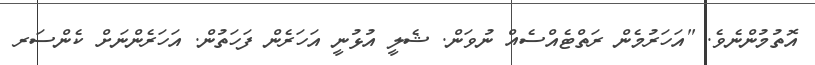
އޮތުމުންނެވެ. "އަހަރުމެން ރަތްޓެއްސެއް ނުވަން. ޝެލީ އުޅުނީ އަހަރެން ފަހަތުން. އަހަރެންނަށް ކެންސަރ